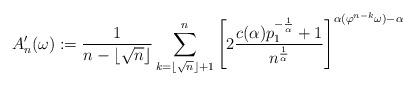
LaTeX: \begin{align*} A_n^\prime(\omega) := \frac{1}{n-\lfloor \sqrt{n}\rfloor} \sum_{k=\lfloor \sqrt{n}\rfloor+1}^n \left[2 \frac{c(\alpha) p_1^{-\frac{1}{\alpha}}+1}{n^{\frac{1}{\alpha}}}\right]^{\alpha(\varphi^{n-k} \omega) - \alpha} \end{align*}